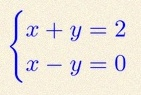
\begin{cases}x+y=2\\x-y=0\end{cases}